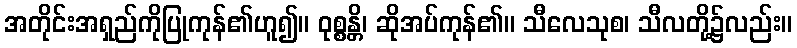
အတိုင်းအရှည်ကိုပြုကုန်၏ဟူ၍။ ဝုစ္စန္တိ၊ ဆိုအပ်ကုန်၏။ သီလေသုစ၊ သီလတို့၌လည်း။